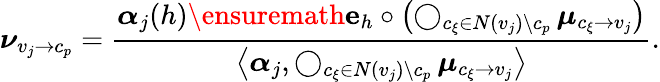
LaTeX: \boldsymbol{\nu}_{v_{j}\to c_{p}}=\frac{\boldsymbol{\alpha}_{j}(h)\ensuremath{\mathbf{e}}_{h}\circ\left(\operatorname*{\bigcirc}_{c_{\xi}\in N(v_{j})\setminus c_{p}}\boldsymbol{\mu}_{c_{\xi}\to v_{j}}\right)}{\left\langle\boldsymbol{\alpha}_{j},\operatorname*{\bigcirc}_{c_{\xi}\in N(v_{j})\setminus c_{p}}\boldsymbol{\mu}_{c_{\xi}\to v_{j}}\right\rangle}.